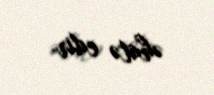
əhatə edir.